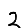
Digit: 2